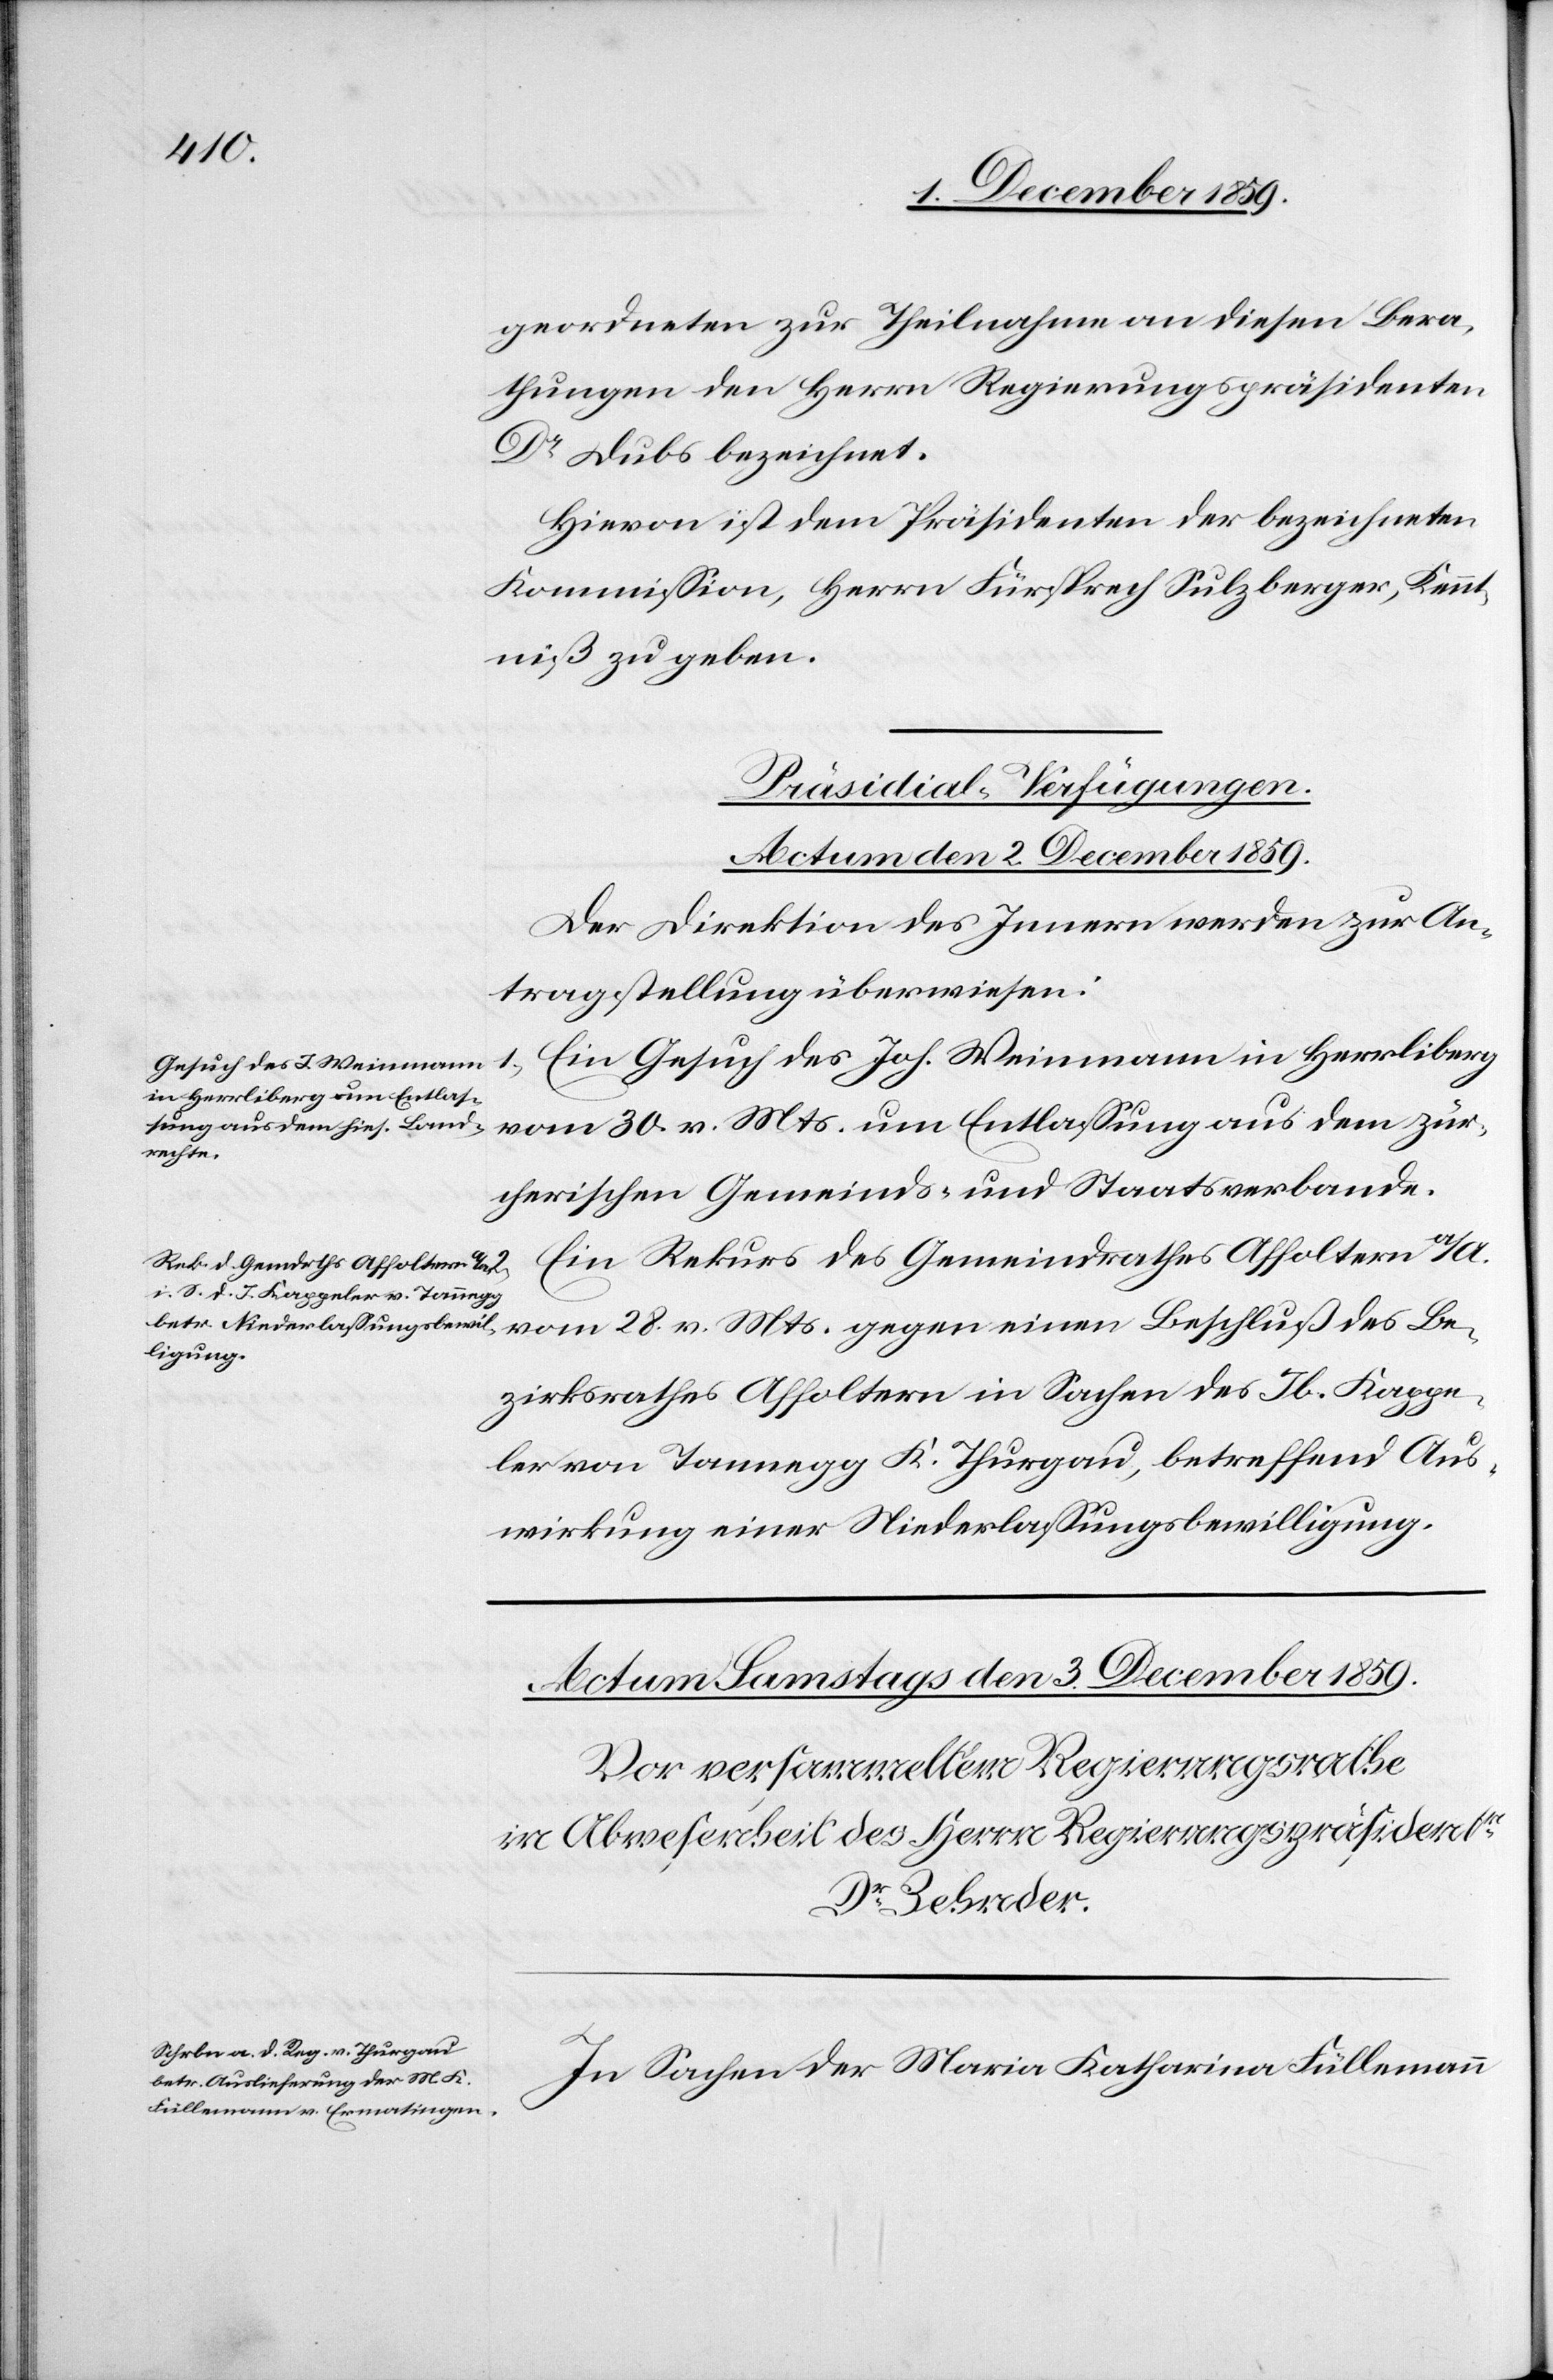
geordneten zur Theilnahme an diesen Bera¬
thungen den Herrn Regierungspräsidenten
Dr Dubs bezeichnet.
Hievon ist dem Präsidenten der bezeichneten
Kommission, Herrn Fürsprech Sulzberger, Kennt¬
niß zu geben.
[Präsidial-Verfügungen.
Actum den 2. December 1859.]
Der Direktion des Innern werden zur An¬
tragstellung überwiesen:
1) Ein Gesuch des Joh. Weinmann in Herrliberg
vom 30. v. Mts. um Entlassung aus dem zür¬
cherischen Gemeinds- und Staatsberande.
Ein Rekurs der Gemeindrathes Affoltern a/A.
vom 28. v. Mts. gegen einen Beschluß des Be¬
zirksrathes Affoltern in Sachen des Jb. Kappe¬
ler von Tannegg K. Thurgau, betreffend Aus¬
wirkung einer Niederlassungsbewilligung.
2)
In Sachen der Maria Katharina Füllemann